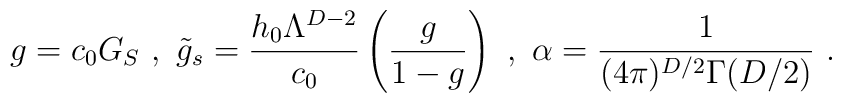
g = c_0G_S\ ,\ \tilde{g}_s = \frac{h_0\Lambda^{D-2}}{c_0}\left(\frac{g}{1-g}\right)\ ,\ \alpha=\frac{1}{(4\pi)^{D/2}\Gamma(D/2)}\ .